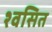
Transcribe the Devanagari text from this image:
श्वसित